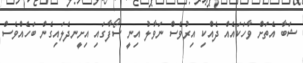
ޝަބާ އެތަށް ވާހަކައެއް ދެއްކި އިރުވެސް ނަވާލު އިނީ ސޯފާގައި އިށީނދެލައިގެން ބަހެއްވެސް